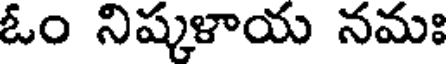
ఓం నిష్కళాయ నమః